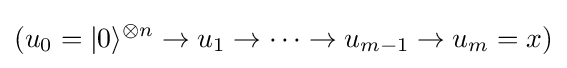
(u_{0}=|0\rangle ^{\otimes n}\rightarrow u_{1}\rightarrow \cdots \rightarrow u_{m-1}\rightarrow u_{m}=x)